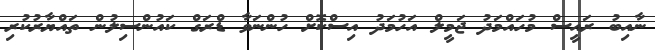
ނާއިބު ރައީސް މުހައްމަދު ޖަމީލް އަހުމަދު އިސްކޮށް ހުންނަވާ ޑްރަގް ކައުންސިލުން ތައްޔާރުކުރި